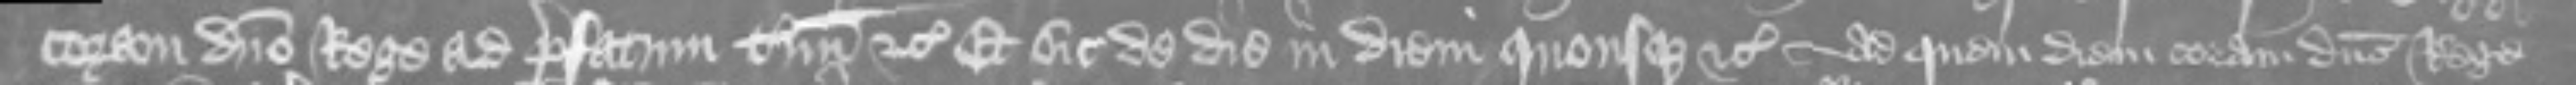
coram domino Rege ad prefatum terminum etc Et sic de die in diem quousque etc ad quem diem coram domino Rege